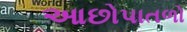
આછોપાતળો